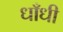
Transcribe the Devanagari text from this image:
धाँधी